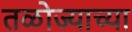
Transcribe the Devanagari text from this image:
तळोज्याच्या